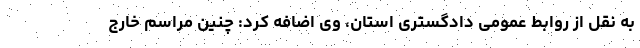
به نقل از روابط عمومی دادگستری استان، وی اضافه کرد: چنین مراسم خارج